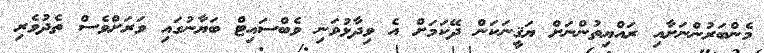
މެންބަރުންނަށާއި ރައްޔިތުންނަށް ޔަޤީނަކަން ދޭކަމަށް އެ ވިދާޅުވަނި ވެބްސައިޓް ބަޔާނުގައި ވަރަށްވެސް ތެދުވެރި